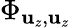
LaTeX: \Phi_{\mathbf{u}_{z},\mathbf{u}_{z}}